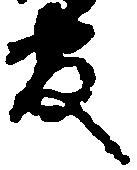
官